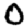
Digit: 0